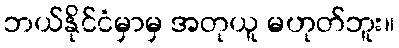
ဘယ်နိုင်ငံမှာမှ အတုယူ မဟုတ်ဘူး။